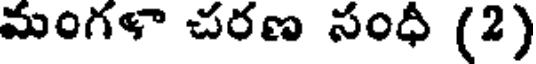
మంగళా చరణ సంధి (2)